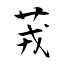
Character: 茙